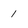
Character: 1